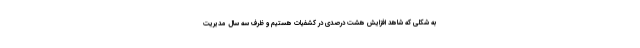
به شکلی که شاهد افزایش هشت درصدی در کشفیات هستیم و ظرف سه سال مدیریت